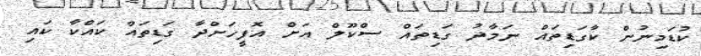
ކުޑަމިނުން ކާގަޑިތައް ނަމާދު ގަޑިތައް ސްކޫލް އަށް އޮފީހަށްދާ ގަޑިތައް ކައްކާ ކައި